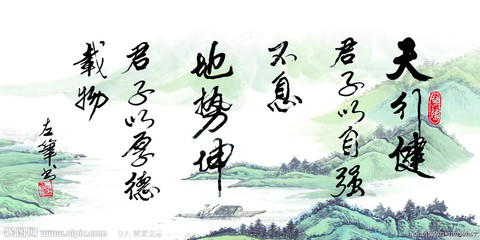
地势，坤君子以厚德载物。